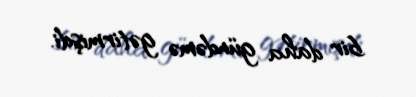
bir daha gündəmə gətirmişdi.